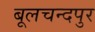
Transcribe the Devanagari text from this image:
बूलचन्दपुर